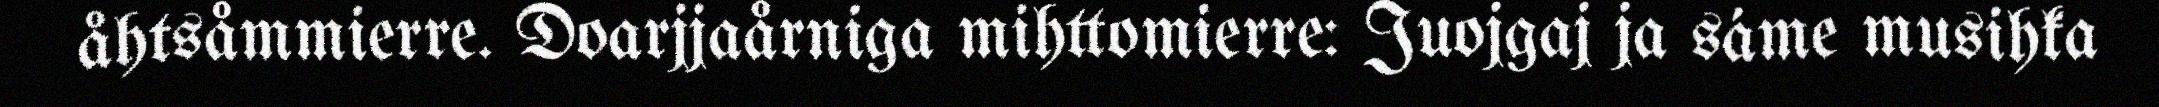
åhtsåmmierre. Doarjjaårniga mihttomierre: Juojgaj ja sáme musihka